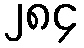
၂၈၄